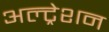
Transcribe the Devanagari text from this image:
अल्ट्रेशन